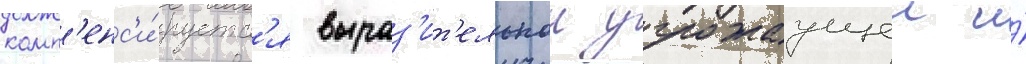
комп'енс'и́руетс'я выраз'ит'ельнои угрожаущеи и́